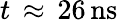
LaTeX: t\, \approx\, 26\, \mathrm{{ns}}